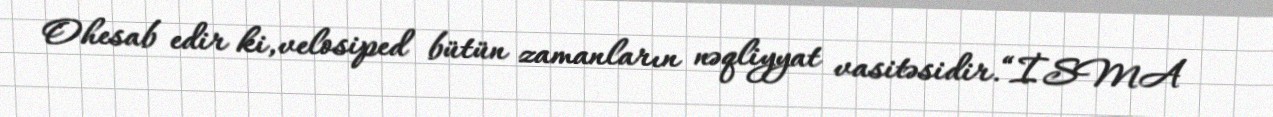
Ohesab edir ki,velosiped bütün zamanların nəqliyyat vasitəsidir.“İSMA